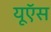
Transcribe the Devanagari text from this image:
यूऍस